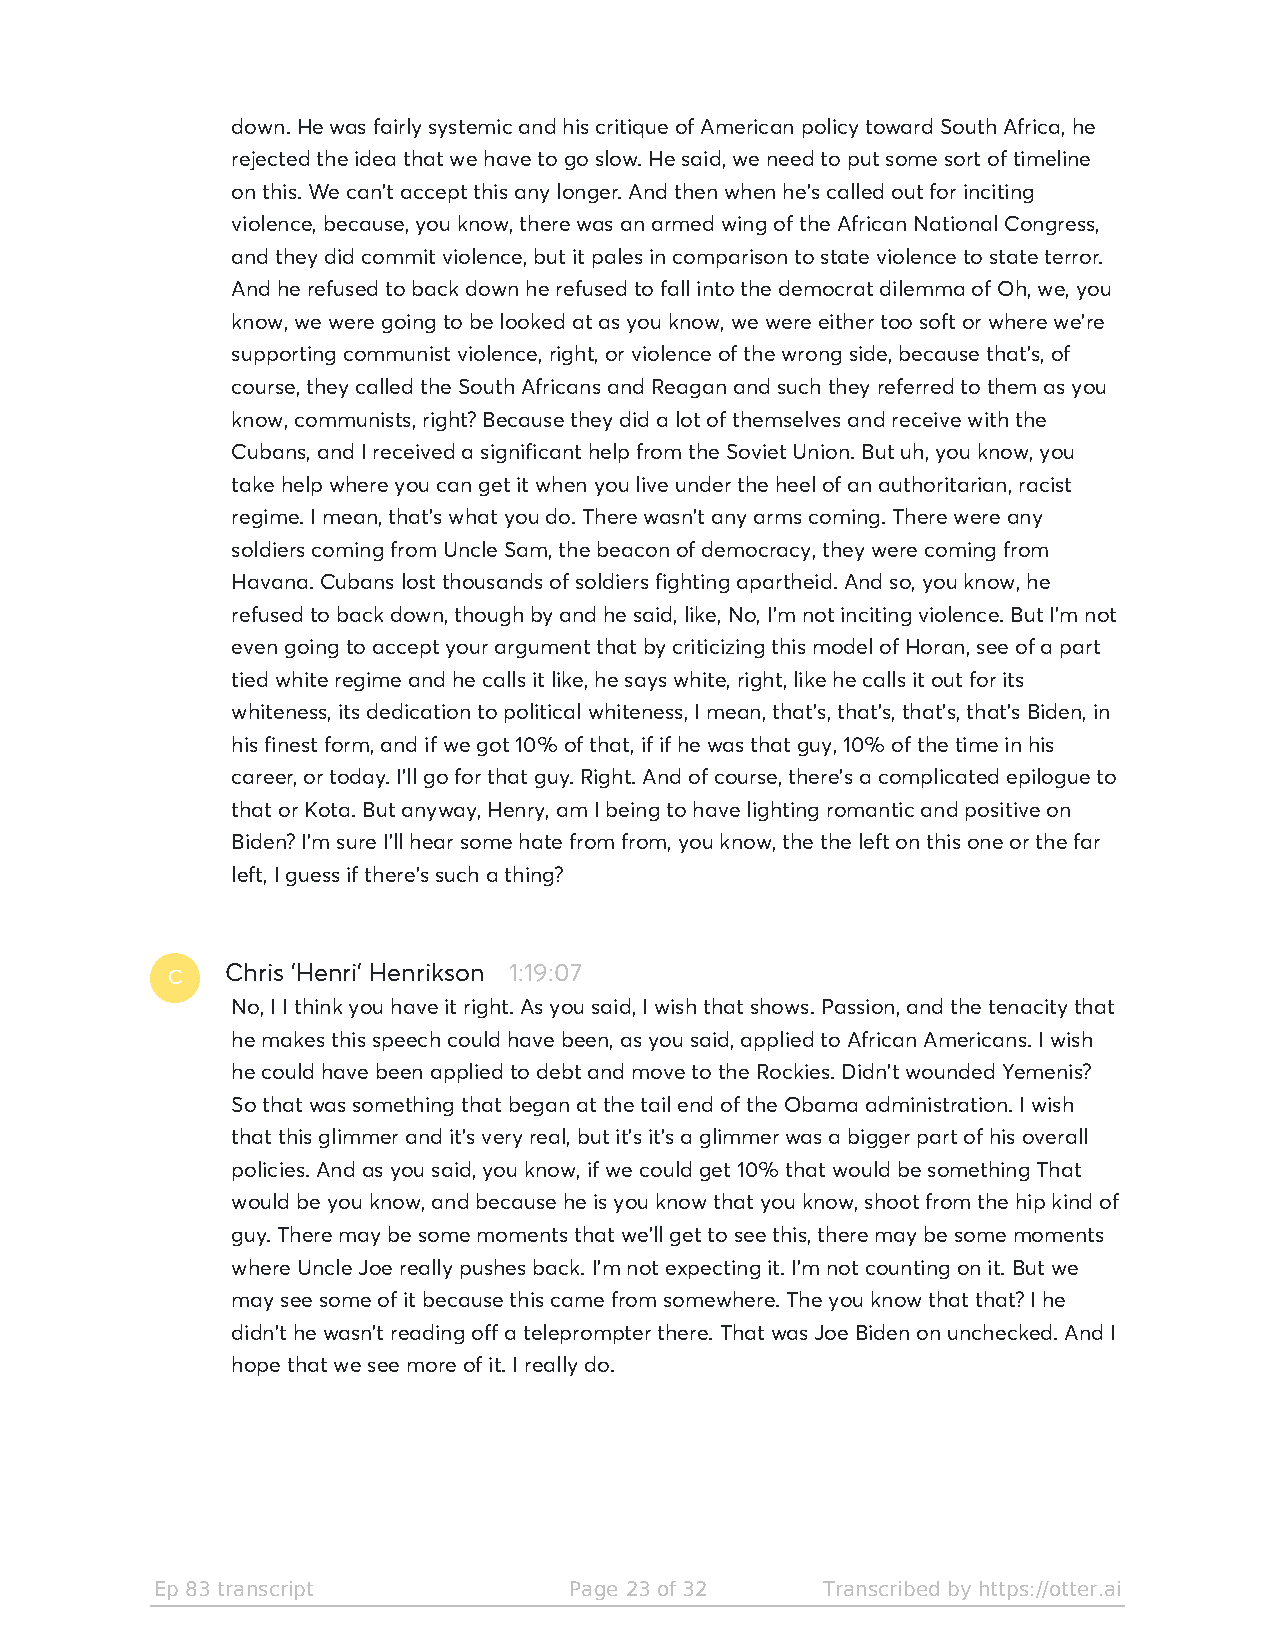
down. He was fairly systemic and his critique of American policy toward South Africa, he
 rejected the idea that we have to go slow. He said, we need to put some sort of timeline
 on this. We can't accept this any longer. And then when he's called out for inciting
 violence, because, you know, there was an armed wing of the African National Congress,
 and they did commit violence, but it pales in comparison to state violence to state terror.
 And he refused to back down he refused to fall into the democrat dilemma of Oh, we, you
 know, we were going to be looked at as you know, we were either too soft or where we're
 supporting communist violence, right, or violence of the wrong side, because that's, of
 course, they called the South Africans and Reagan and such they referred to them as you
 know, communists, right? Because they did a lot of themselves and receive with the
 Cubans, and I received a significant help from the Soviet Union. But uh, you know, you
 take help where you can get it when you live under the heel of an authoritarian, racist
 regime. I mean, that's what you do. There wasn't any arms coming. There were any
 soldiers coming from Uncle Sam, the beacon of democracy, they were coming from
 Havana. Cubans lost thousands of soldiers fighting apartheid. And so, you know, he
 refused to back down, though by and he said, like, No, I'm not inciting violence. But I'm not
 even going to accept your argument that by criticizing this model of Horan, see of a part
 tied white regime and he calls it like, he says white, right, like he calls it out for its
 whiteness, its dedication to political whiteness, I mean, that's, that's, that's, that's Biden, in
 his finest form, and if we got 10% of that, if if he was that guy, 10% of the time in his
 career, or today. I'll go for that guy. Right. And of course, there's a complicated epilogue to
 that or Kota. But anyway, Henry, am I being to have lighting romantic and positive on
 Biden? I'm sure I'll hear some hate from from, you know, the the left on this one or the far
 left, I guess if there's such a thing?
 C
 Chris 'Henri' Henrikson 1:19:07
 No, I I think you have it right. As you said, I wish that shows. Passion, and the tenacity that
 he makes this speech could have been, as you said, applied to African Americans. I wish
 he could have been applied to debt and move to the Rockies. Didn't wounded Yemenis?
 So that was something that began at the tail end of the Obama administration. I wish
 that this glimmer and it's very real, but it's it's a glimmer was a bigger part of his overall
 policies. And as you said, you know, if we could get 10% that would be something That
 would be you know, and because he is you know that you know, shoot from the hip kind of
 guy. There may be some moments that we'll get to see this, there may be some moments
 where Uncle Joe really pushes back. I'm not expecting it. I'm not counting on it. But we
 may see some of it because this came from somewhere. The you know that that? I he
 didn't he wasn't reading off a teleprompter there. That was Joe Biden on unchecked. And I
 hope that we see more of it. I really do.
 Ep 83 transcript            Page 23 of 32   Transcribed by https://otter.ai